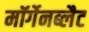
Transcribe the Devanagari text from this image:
मॉर्गेनब्लैट